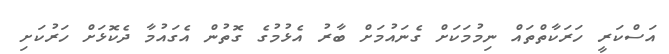
އަސްކަރީ ހަރަކާތްތައް ނިމުމަކަށް ގެނައުމަށް ބާރު އެޅުމުގެ ގޮތުން އެގައުމާ ދެކޮޅަށް ހަރުކަށި